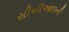
સીબીઆઇની